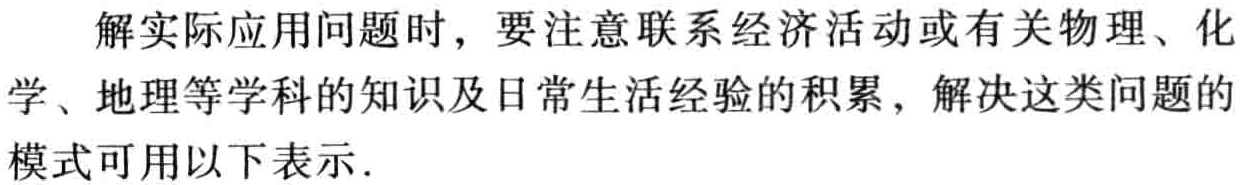
解实际应用问题时，要注意联系经济活动或有关物理、化学、地理等学科的知识及日常生活经验的积累，解决这类问题的模式可用以下表示.